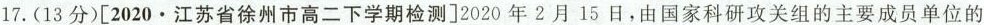
17.(13分)[2020·江苏省徐州市高二下学期检测]2020年2月15日，由国家科研攻关组的主要成员单位的